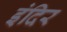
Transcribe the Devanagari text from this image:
इंदिर